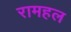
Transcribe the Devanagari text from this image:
रामहल